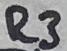
Text: R3